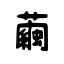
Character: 繭